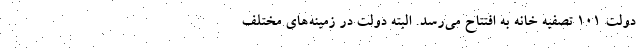
دولت ۱۰۱ تصفیه خانه به افتتاح می‌رسد. البته دولت در زمینه‌های مختلف